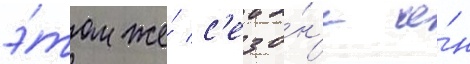
э́том же́ с'езо́н'е о́н